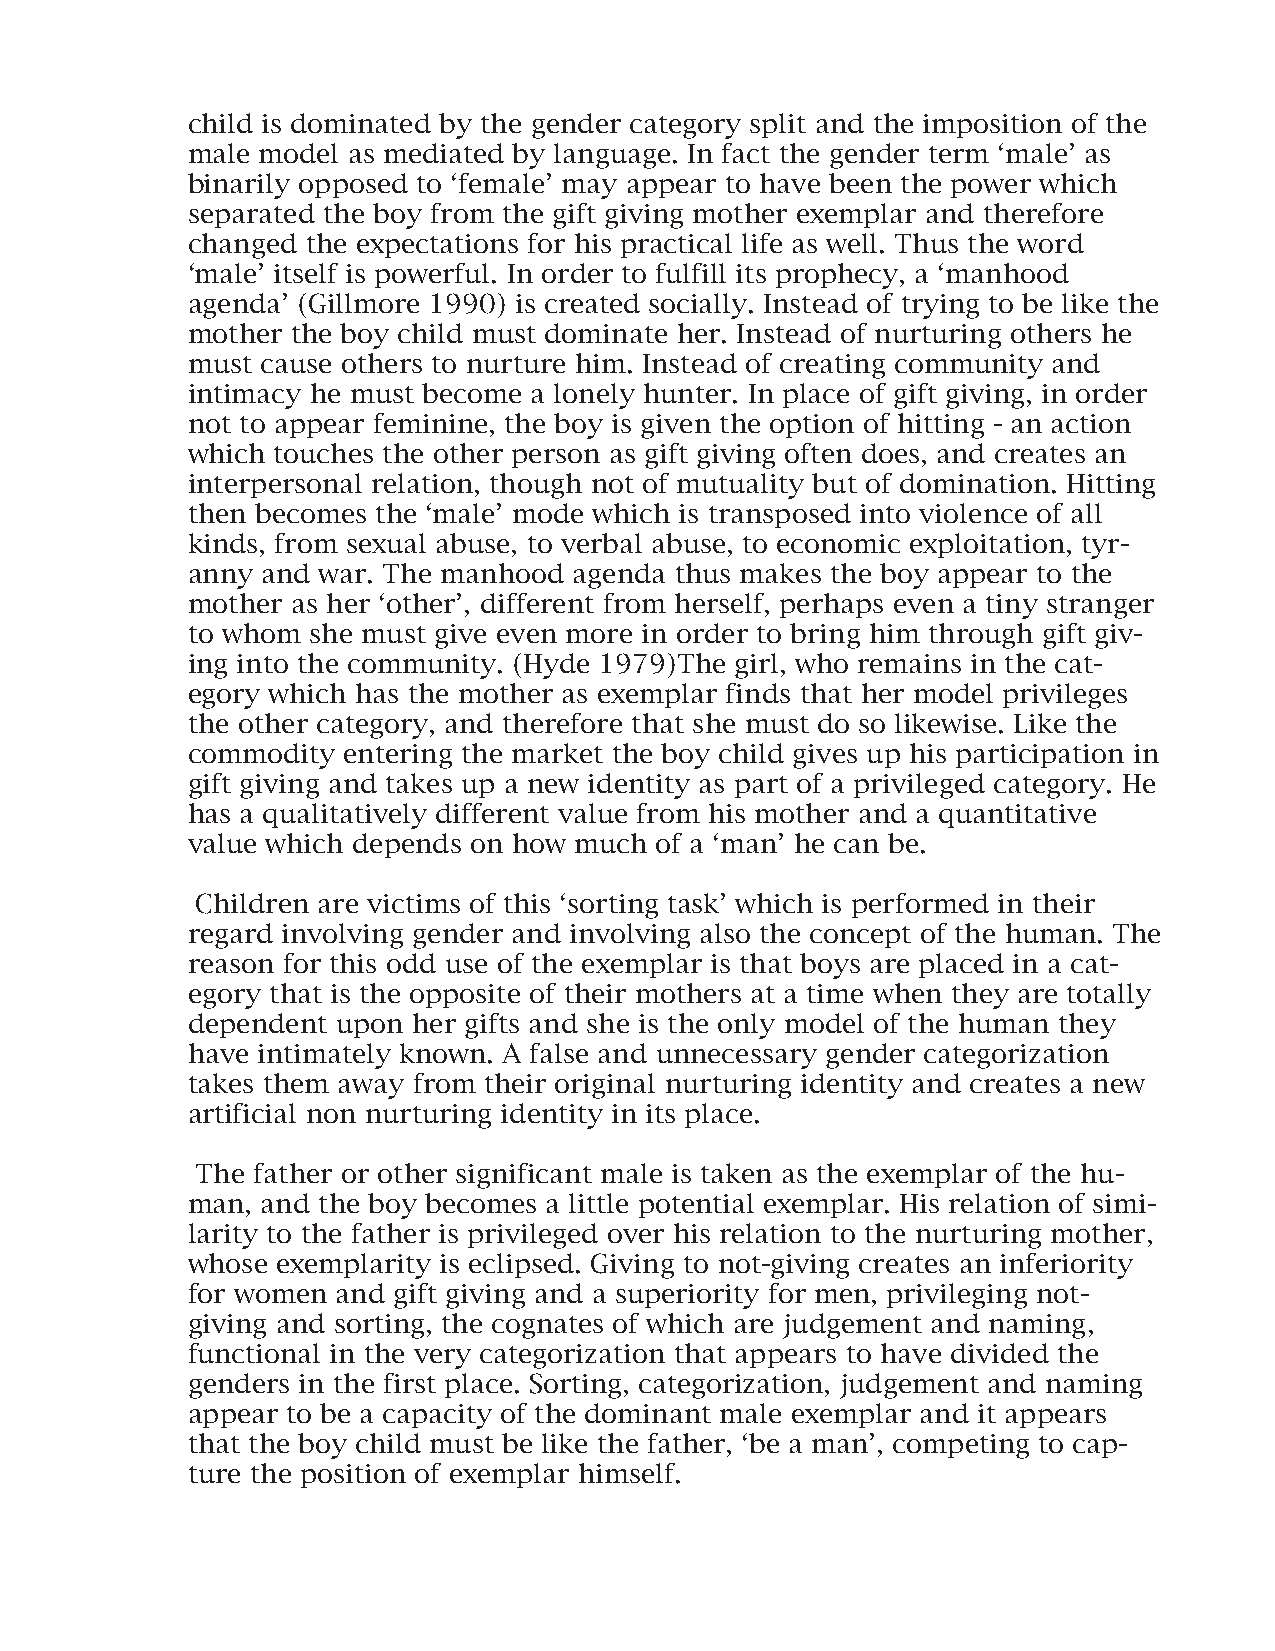
child is dominated by the gender category split and the imposition of the
 male model as mediated by language. In fact the gender term ‘male’ as
 binarily opposed to ‘female’ may appear to have been the power which
 separated the boy from the gift giving mother exemplar and therefore
 changed the expectations for his practical life as well. Thus the word
 ‘male’ itself is powerful. In order to fulfill its prophecy, a ‘manhood
 agenda’ (Gillmore 1990) is created socially. Instead of trying to be like the
 mother the boy child must dominate her. Instead of nurturing others he
 must cause others to nurture him. Instead of creating community and
 intimacy he must become a lonely hunter. In place of gift giving, in order
 not to appear feminine, the boy is given the option of hitting - an action
 which touches the other person as gift giving often does, and creates an
 interpersonal relation, though not of mutuality but of domination. Hitting
 then becomes the ‘male’ mode which is transposed into violence of all
 kinds, from sexual abuse, to verbal abuse, to economic exploitation, tyr-
 anny and war. The manhood agenda thus makes the boy appear to the
 mother as her ‘other’, different from herself, perhaps even a tiny stranger
 to whom she must give even more in order to bring him through gift giv-
 ing into the community. (Hyde 1979)The girl, who remains in the cat-
 egory which has the mother as exemplar finds that her model privileges
 the other category, and therefore that she must do so likewise. Like the
 commodity  entering the market the boy child gives up his participation in
 gift giving and takes up a new identity as part of a privileged category. He
 has a qualitatively different value from his mother and a quantitative
 value which depends on how much of a ‘man’ he can be.
 Children are victims of this ‘sorting task’ which is performed in their
 regard involving gender and involving also the concept of the human. The
 reason for this odd use of the exemplar is that boys are placed in a cat-
 egory that is the opposite of their mothers at a time when they are totally
 dependent upon her gifts and she is the only model of the human they
 have intimately known. A false and unnecessary gender categorization
 takes them away from their original nurturing identity and creates a new
 artificial non nurturing identity in its place.
 The father or other significant male is taken as the exemplar of the hu-
 man, and the boy becomes a little potential exemplar. His relation of simi-
 larity to the father is privileged over his relation to the nurturing mother,
 whose exemplarity is eclipsed. Giving to not-giving creates an inferiority
 for women and gift giving and a superiority for men, privileging not-
 giving and sorting, the cognates of which are judgement and naming,
 functional in the very categorization that appears to have divided the
 genders in the first place. Sorting, categorization, judgement and naming
 appear to be a capacity of the dominant male exemplar and it appears
 that the boy child must be like the father, ‘be a man’, competing to cap-
 ture the position of exemplar himself.